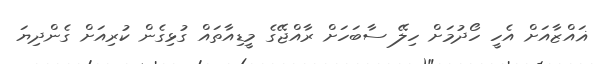
ޣައްޒާއަށް އެހީ ހޯދުމަށް ހިލޭ ސާބަހަށް ރާއްޖޭގެ މީޑިއާތައް ގުޅިގެން ކުރިއަށް ގެންދިޔަ